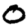
Digit: 0